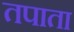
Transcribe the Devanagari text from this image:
तपाता